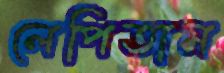
লেপিতাম